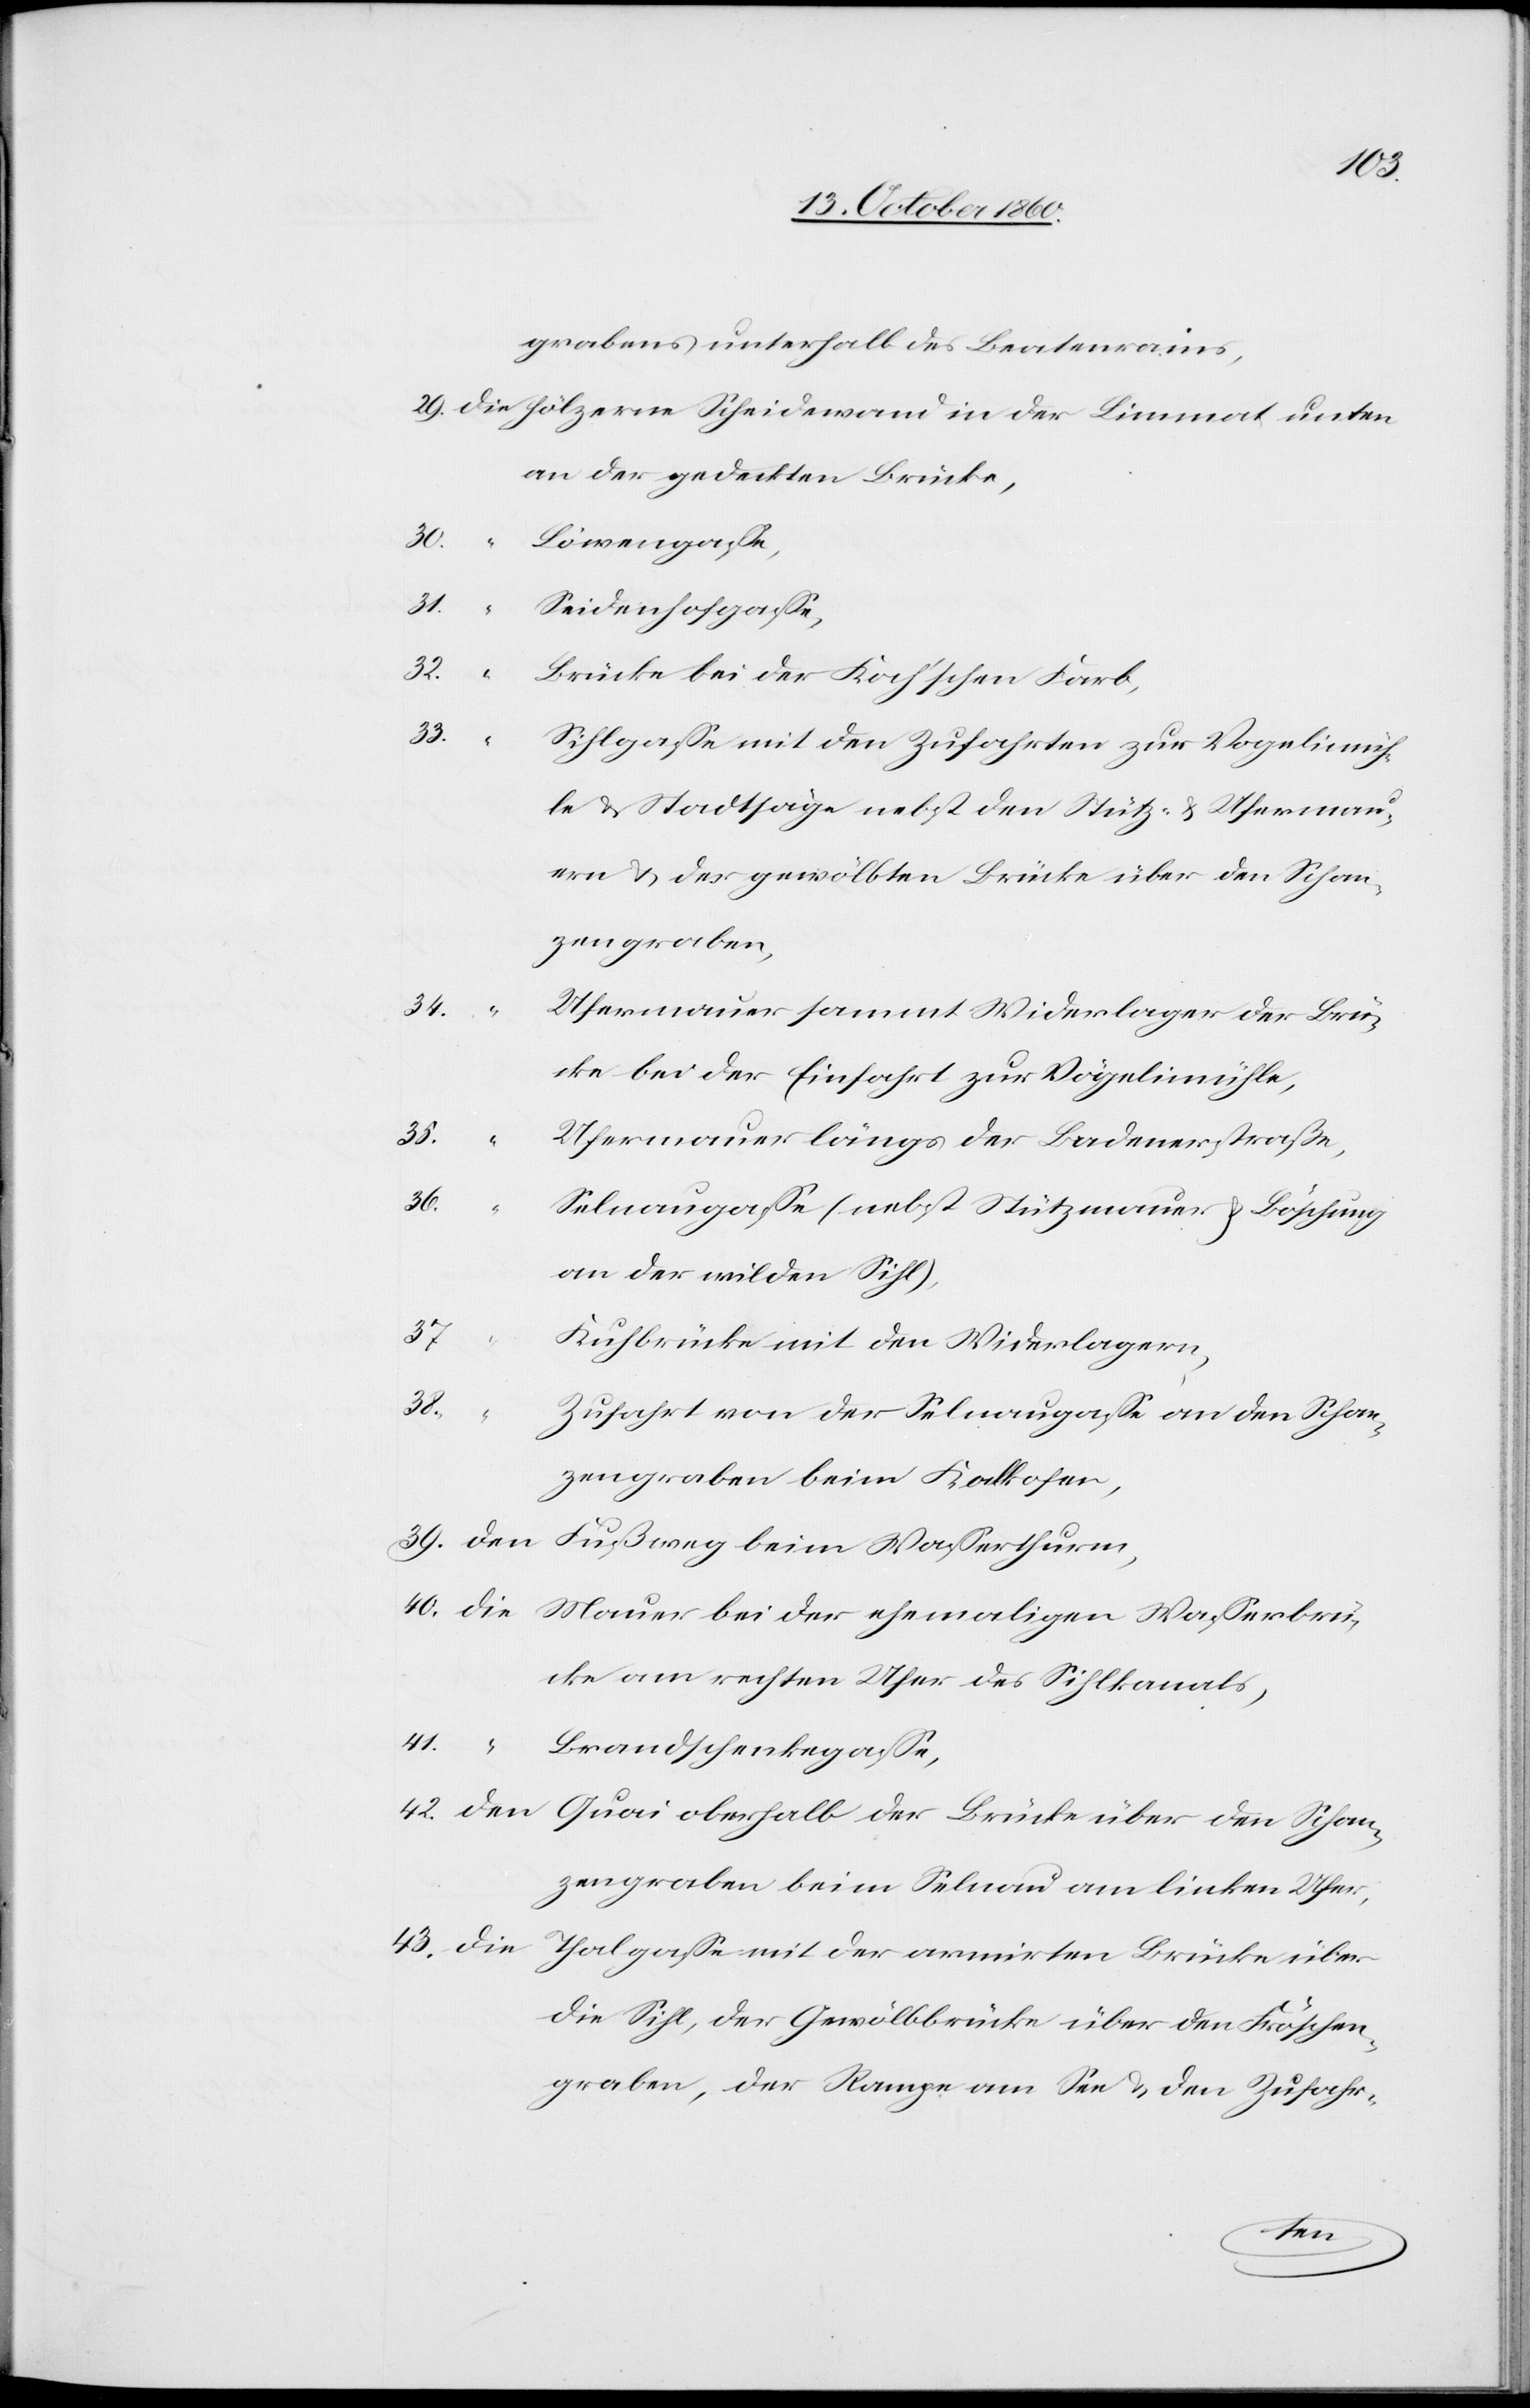
42.
grabens unterhalb des Beatenrains,
an der gedeckten Brücke,
41.
Seidenhofgasse,
Schan¬
Brücke bei der Koch’schen Farb,
43.
Sihlgasse mit den Zufahrten zur Vogelmüh¬
le u. Stadtsäge nebst den Stütz- u. Ufermau¬
ern u. der gewölbten Brücke über den Schan¬
zengraben,
34.
Ufermauer sammt Widerlager der Brü¬
cke bei der Einfahrt zur Vögelimühle,
39.
über
Ufermauer längs der Badenerstraße,
36.
Selnaugasse (nebst Stützmauer u. Böschung
an der wilden Sihl),
37.
“
Kuhbrücke mit den Widerlagern,
38.
Zufahrt von der Selnaugasse an den Schan¬
zengraben beim Kalkofen,
ücke am rechten Ufer des Silhkanals,
Brandschenkgasse,
zengraben beim Selnau am linken Ufer,
die Sihl, der Gewölbbrücke über den Fröschen¬
graben, der Rampe am See u. den Zufahr-
ten